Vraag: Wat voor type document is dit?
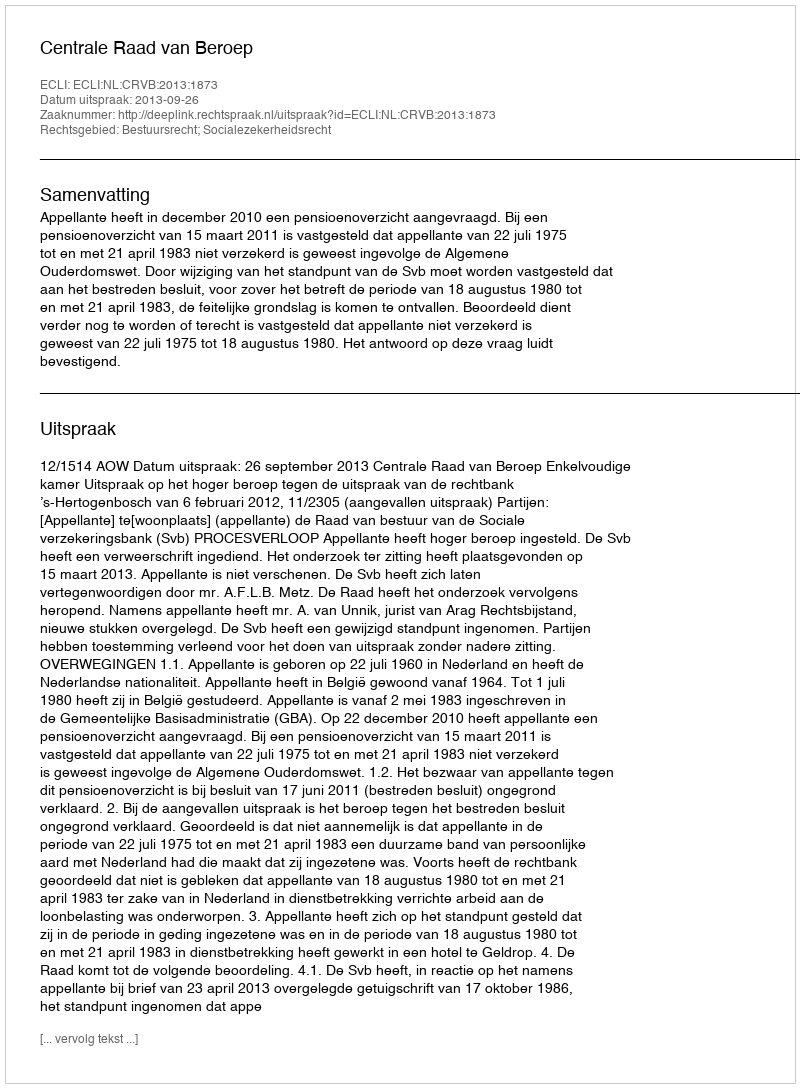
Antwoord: Uitspraak